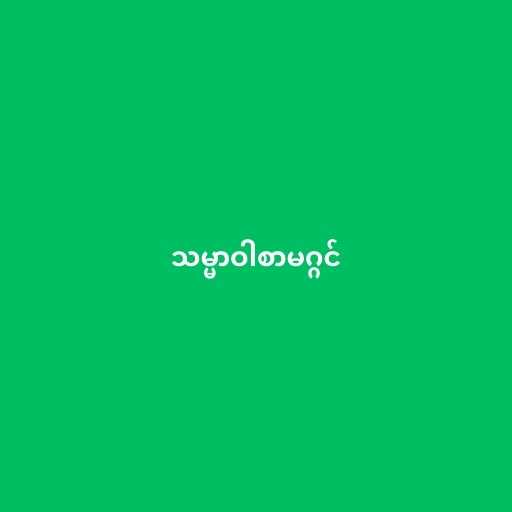
သမ္မာဝါစာမဂ္ဂင်